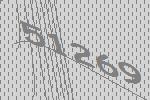
51269